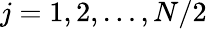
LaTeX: j=1,2,\dots,N/2